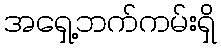
အရှေ့ဘက်ကမ်းရှိ